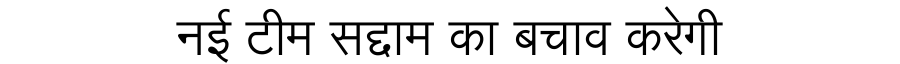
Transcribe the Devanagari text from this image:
नई टीम सद्दाम का बचाव करेगी